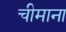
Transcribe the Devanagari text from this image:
चीमाना